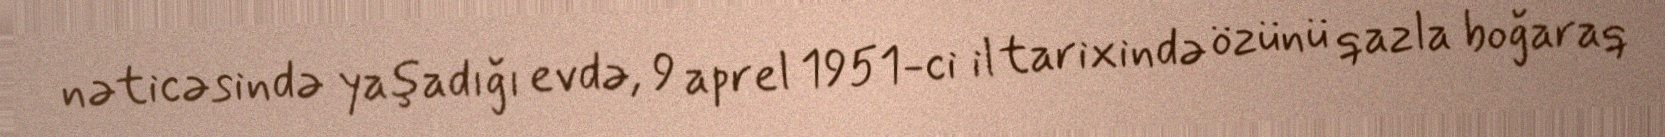
nəticəsində yaşadığı evdə, 9 aprel 1951-ci il tarixində özünü qazla boğaraq